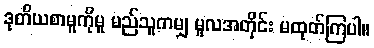
ဒုတိယစာမူကိုမူ မည်သူကမျှ မူလအတိုင်း မထုတ်ကြပါ။